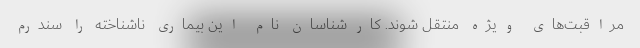
مراقبت‌های ویژه منتقل شوند. کارشناسان نام این بیماری ناشناخته را سندرم